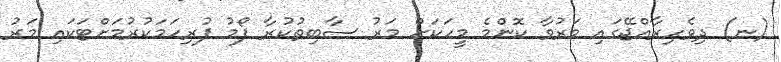
(ނ) ދިވެހިރާއްޖޭގައި މަރުވާ ކޮންމެ މީހަކަށް މަރު ސާބިތުކުރާ ފޯމު ފުރިހަމަކުރުމަށްޓަކައި މަރު